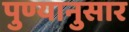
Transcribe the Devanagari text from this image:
पुण्यानुसार